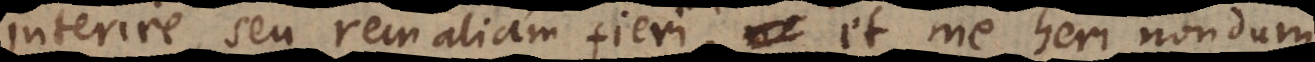
interire, seu rem aliam fieri, et me heri nondum